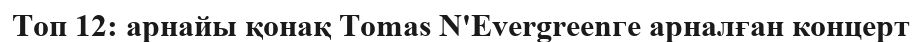
Топ 12: арнайы қонақ Tomas N'Evergreenге арналған концерт